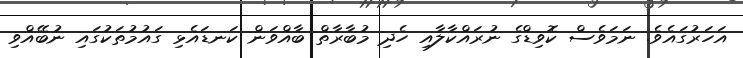
އަހަރުގައެވެ. ނަމަވެސް ކޮވިޑްގެ ނުރައްކާލާއި ހެދި މުބާރާތް ބާއްވަން ކަނޑައެޅި ގައުމުތަކުގައި ނުބޭއްވި